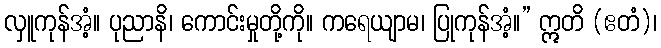
လှူကုန်အံ့။ ပုညာနိ၊ ကောင်းမှုတို့ကို။ ကရေယျာမ၊ ပြုကုန်အံ့။” ဣတိ (ဧတံ)၊